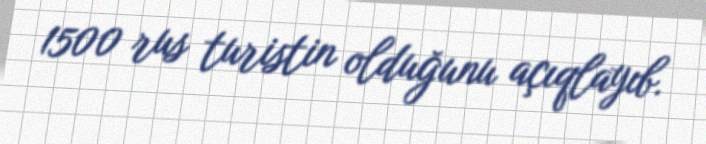
1500 rus turistin olduğunu açıqlayıb.